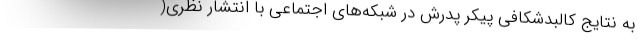
به نتایج کالبدشکافی پیکر پدرش در شبکه‌های اجتماعی با انتشار نظری(